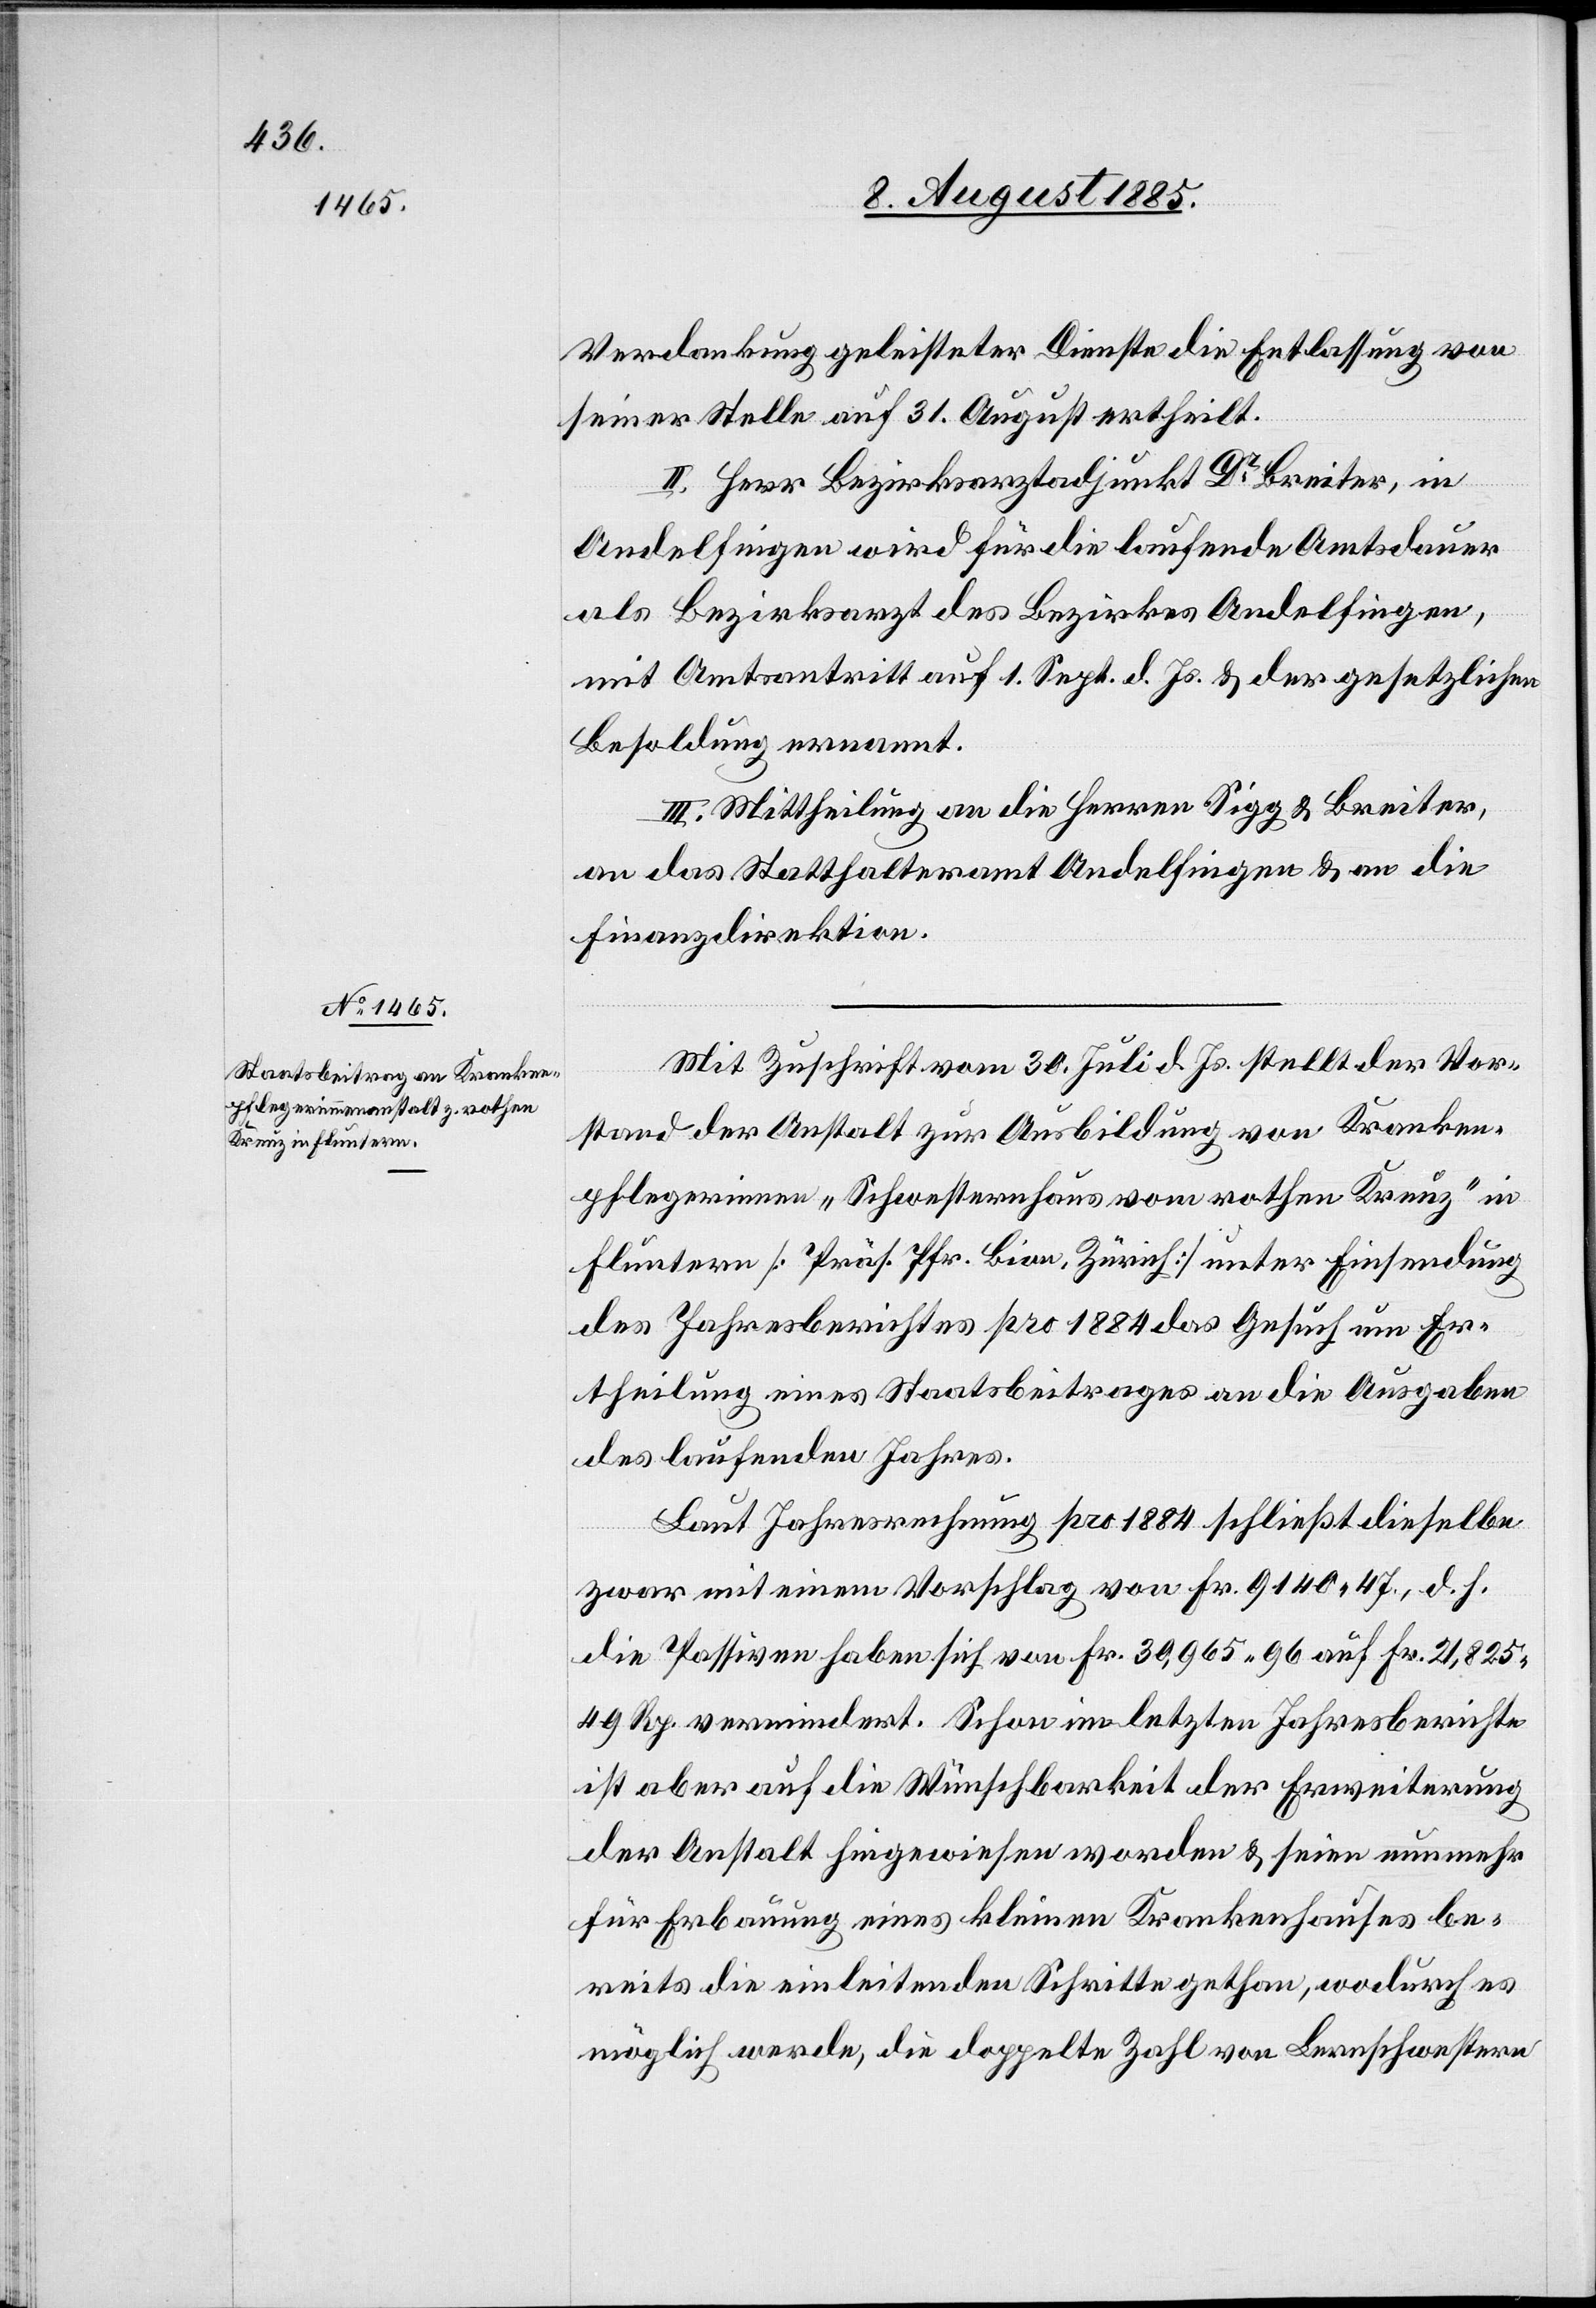
Verdankung geleisteter Dienste die Entlassung von
seiner Stelle auf 31. August ertheilt.
II. Herr Bezirksarztadjunkt Dr Breiter, in
Andelfingen wird für die laufende Amtsdauer
als Bezirksarzt des Bezirkes Andelfingen,
mit Amtsantritt auf 1. Sept. d. Js. & der gesetzlichen
Besoldung ernannt.
Mit Zuschrift vom 30. Juli d. Js. stellt der Vor¬
stand der Anstalt zur Ausbildung von Kranken¬
pflegerinnen „Schwesternhaus vom rothen Kreuz“ in
Fluntern [Präs. Pfr. Bion, Zürich] unter Einsendung
des Jahresberichtes pro 1884 das Gesuch um Er¬
theilung eines Staatsbeitrages an die Ausgabe
des laufenden Jahres.
Laut Jahresrechnung pro 1884 schließt dieselbe
zwar mit einem Vorschlag von Fr. 9140 47, d. h.
die Passiven haben sich von Fr. 30,965 96 auf Fr. 21,825
49 Rp. vermindert. Schon im letzten Jahresberichte
ist aber auf die Wünschbarkeit der Erweiterung
der Anstalt hingewiesen worden & seien nunmehr
für Erbauung eines kleinen Krankenhauses be¬
reits die einleitenden Schritte gethan, wodurch es
möglich werde, die doppelte Zahl von Lernschwestern